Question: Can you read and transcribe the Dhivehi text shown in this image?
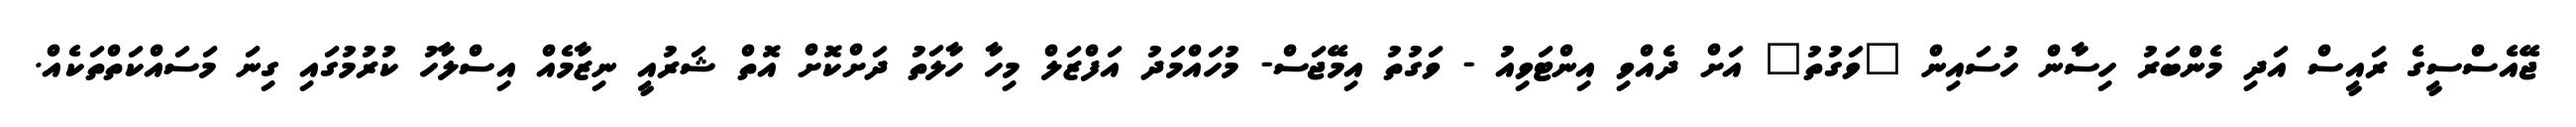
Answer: ޖޭއެސްސީގެ ރައީސް އަދި މެންބަރު ހިސާން ހުސައިން "ވަގުތު" އަށް ދެއްވި އިންޓަވިއު - ވަގުތު އިމޭޖަސް- މުހައްމަދު އަފްޒަލް މިހާ ހާލަތު ދަށްކޮށް އޮތް ޝަރުއީ ނިޒާމެއް އިސްލާހު ކުރުމުގައި ގިނަ މަސައްކަތްތަކެއް.